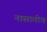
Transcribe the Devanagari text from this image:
नासातीय